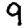
Digit: 9